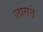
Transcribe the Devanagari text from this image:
लागत़े